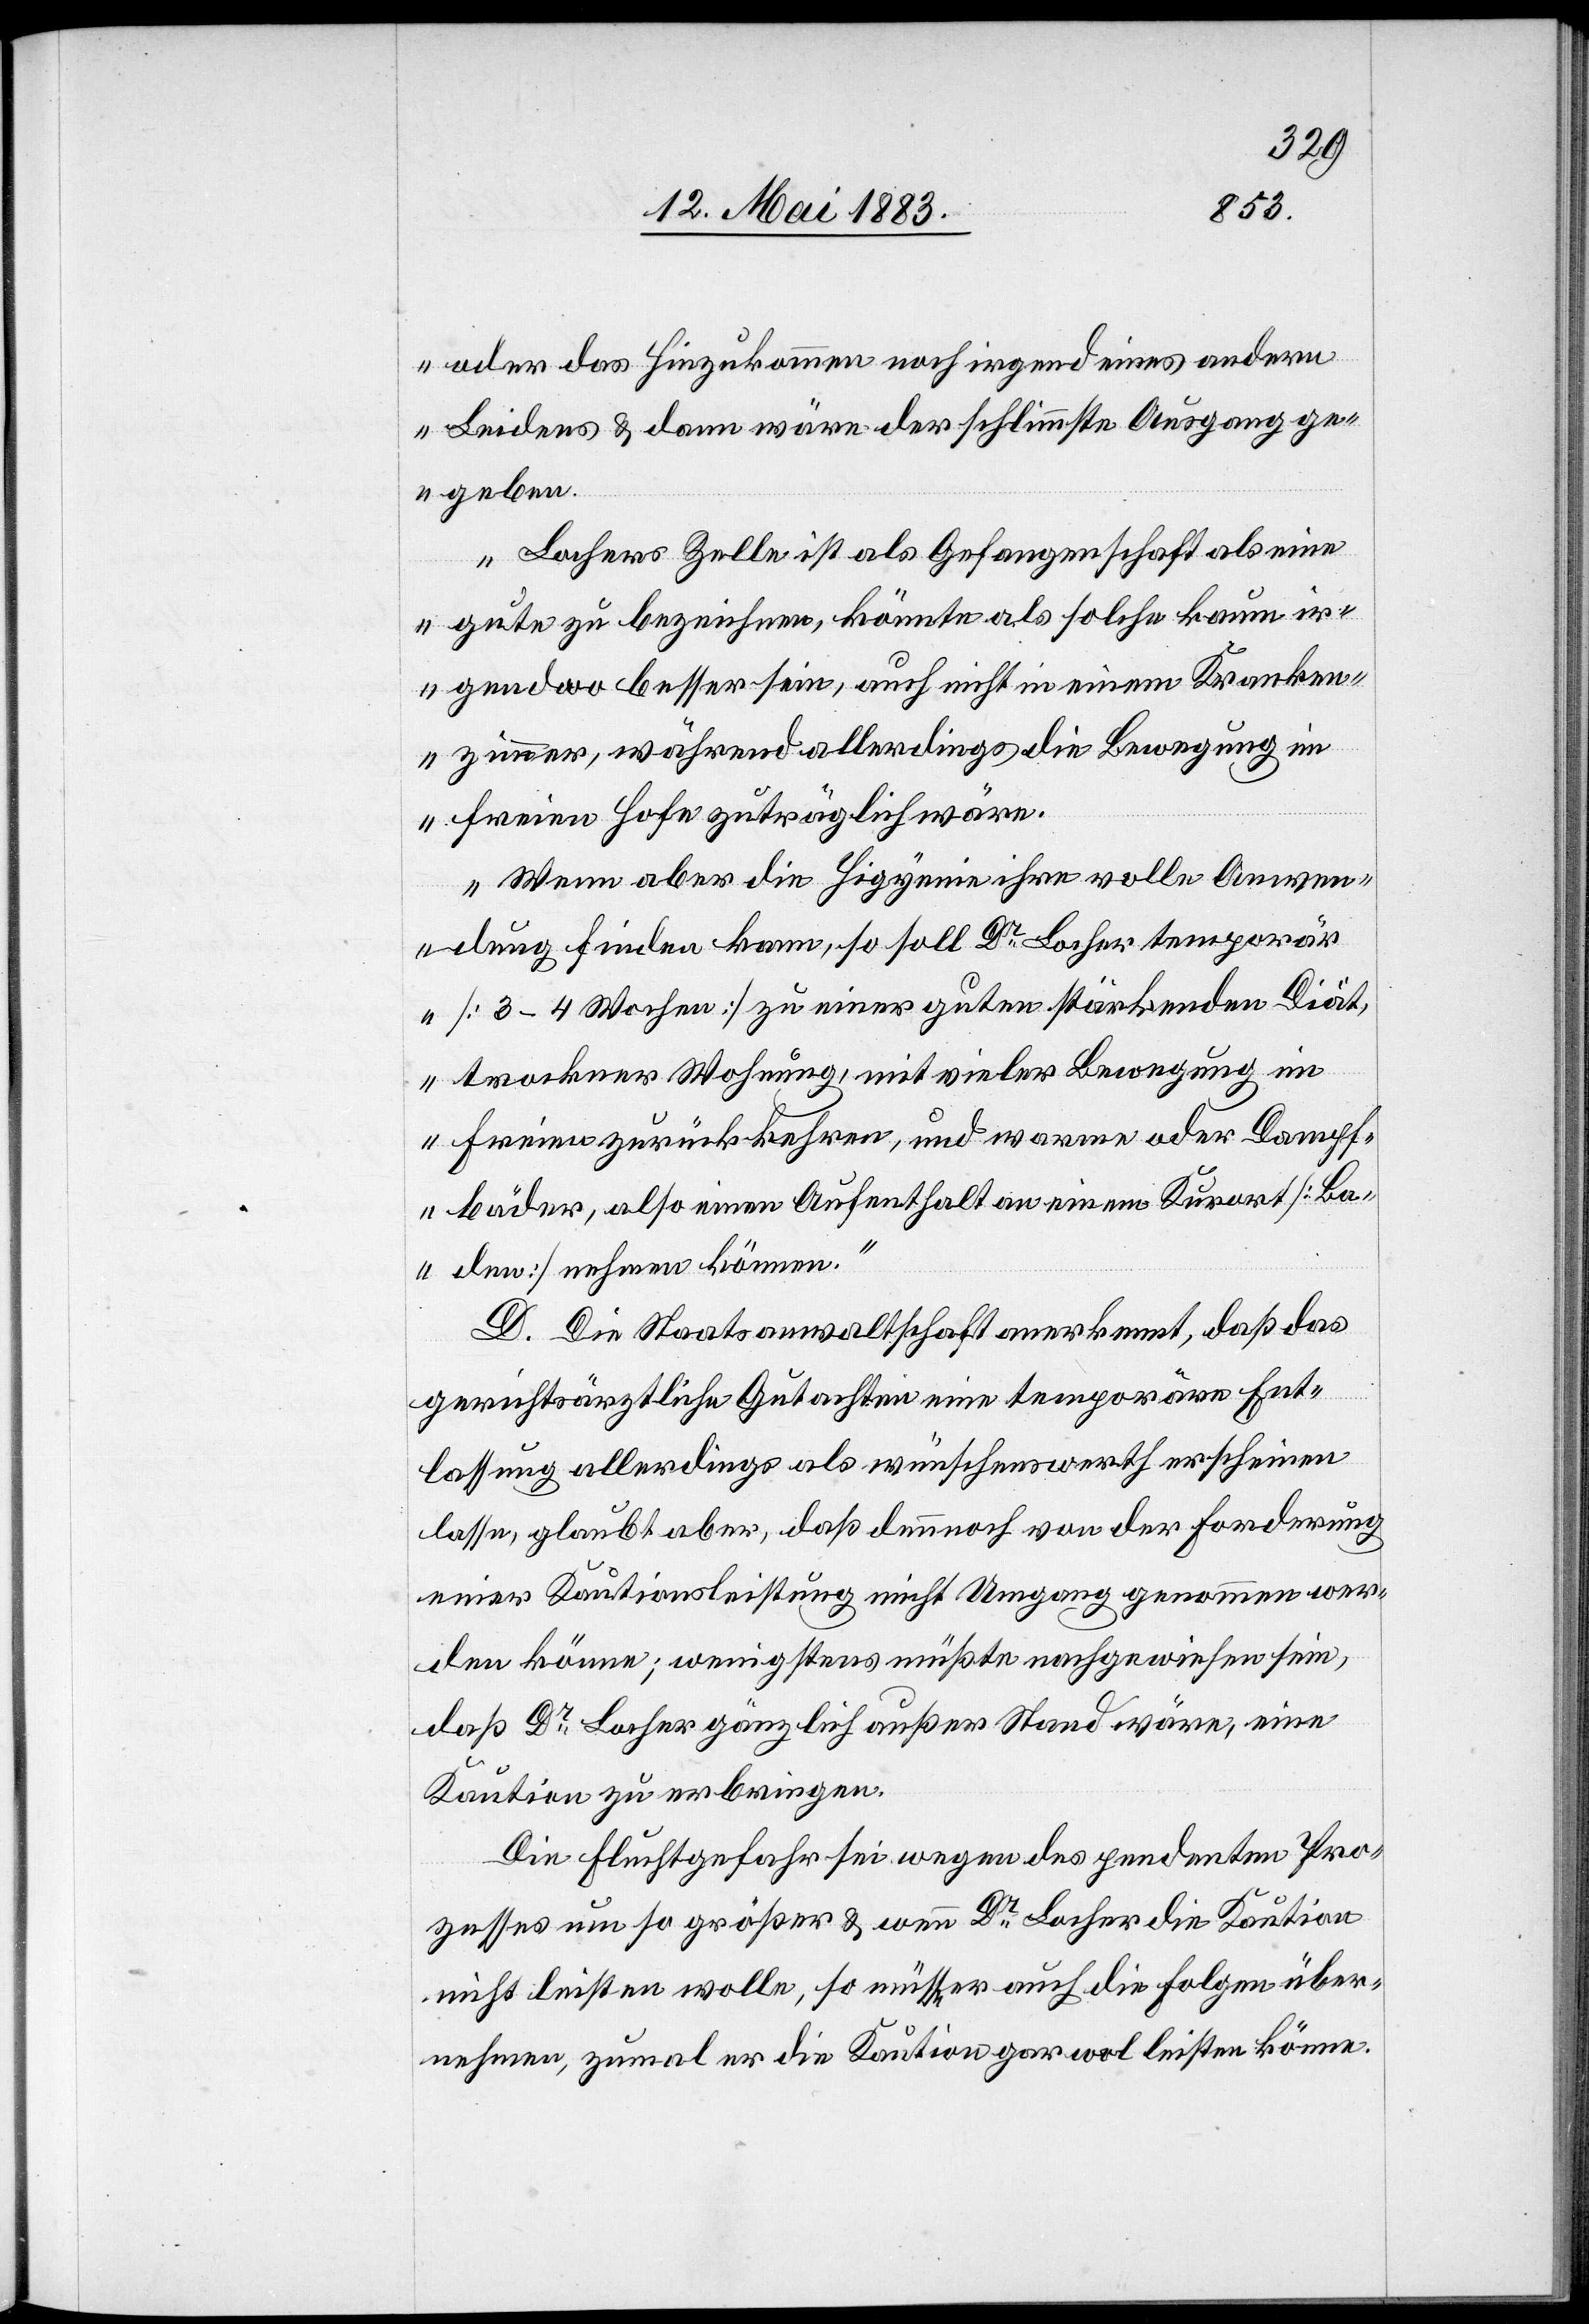
oder das Hinzukommen noch irgend eines andern
Leidens & dann wäre der schlimmste Ausgang ge¬
geben.
Lochers Zelle ist als Gefangenschaft als eine
gute zu bezeichnen, könnte als solche kaum ir¬
gendwo besser sein, auch nicht in einem Kranken¬
zimmer, während allerdings die Bewegung im
freien Hofe zuträglich wäre.
Wenn aber die Higyenie [sic!] ihre volle Anwen¬
dung finden kann, so soll Dr Locher temporär
[3–4 Wochen] zu einer guten stärkenden Diät,
trockner Wohnung, mit vieler Bewegung im
Freien zurückkehren, und warme oder Dampf¬
bäder, also einen Aufenthalt an einem Kurort [Ba¬
den] nehmen können.“
D. Die Staatsanwaltschaft anerkennt, daß das
gerichtsärztliche Gutachten eine temporäre Ent¬
lassung allerdings als wünschenswerth erscheinen
lasse, glaubt aber, daß dennoch von der Forderung
einer Kautionsleistung nicht Umgang genommen wer¬
den könne, wenigstens müßte nachgewiesen sein,
daß Dr Locher gänzlich außer Stand wäre, eine
Kaution zu erbringen.
Die Fluchtgefahr sei wegen des pendenten Pro¬
zesses um so größer & wenn Dr Locher die Kaution
nicht leisten wolle, so müsse er auch die Folgen über¬
nehmen, zumal er die Kaution gar wol leisten könne.